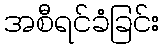
အစီရင်ခံခြင်း